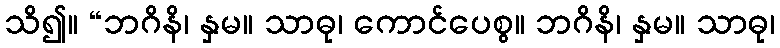
သိ၍။ “ဘဂိနိ၊ နှမ။ သာဓု၊ ကောင်ပေစွ။ ဘဂိနိ၊ နှမ။ သာဓု၊